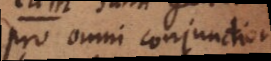
pro omni conjunctione